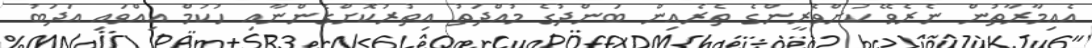
އެއިމާރާތުން ނެރެވޭ ކުށްވެރީންގެ ތެރެއިން ބަންދުގެ މުއްދަތު އިތުރުކޮށްގެންނާއި ހުކުމް އިއްވައި އަދަބު